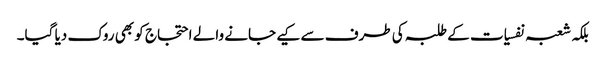
بلکہ شعبہ نفسیات کے طلبہ کی طرف سے کیے جانے والے احتجاج کو بھی روک دیا گیا۔